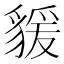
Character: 𧳭